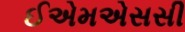
ઈએમએસસી